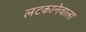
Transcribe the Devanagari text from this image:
लटकानेवाला